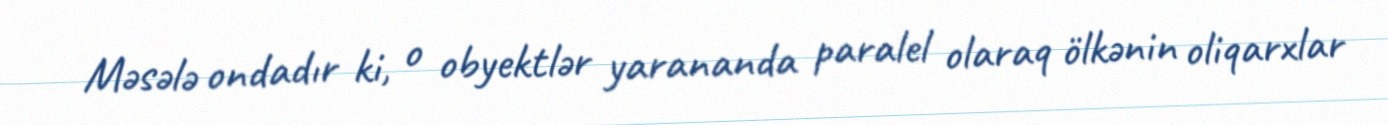
Məsələ ondadır ki, o obyektlər yarananda paralel olaraq ölkənin oliqarxlar